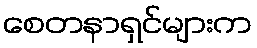
စေတနာရှင်များက